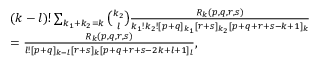
\begin{array} { r l } & { ( k - l ) ! \sum _ { k _ { 1 } + k _ { 2 } = k } \binom { k _ { 2 } } { l } \frac { R _ { k } ( p , q , r , s ) } { k _ { 1 } ! k _ { 2 } ! [ p + q ] _ { k _ { 1 } } [ r + s ] _ { k _ { 2 } } [ p + q + r + s - k + 1 ] _ { k } } } \\ & { = \frac { R _ { k } ( p , q , r , s ) } { l ! [ p + q ] _ { k - l } [ r + s ] _ { k } [ p + q + r + s - 2 k + l + 1 ] _ { l } } , } \end{array}